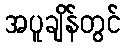
အပူချိန်တွင်